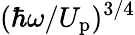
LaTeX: (\hbar\omega/U_{\mathrm{p}})^{3/4}